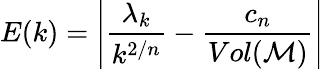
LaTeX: E(k)=\left|\frac{\lambda_{k}}{k^{2/n}}-\frac{c_{n}}{Vol({\cal M})}\right|